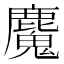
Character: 𮭺